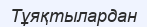
Тұяқтылардан